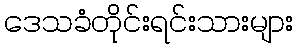
ဒေသခံတိုင်းရင်းသားများ